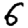
Digit: 6